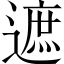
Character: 遮